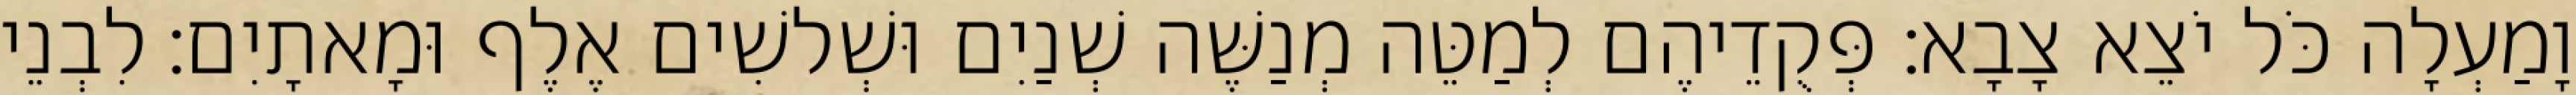
וָמַעְלָה כֹּל יֹצֵא צָבָא׃ פְּקֻדֵיהֶם לְמַטֵּה מְנַשֶּׁה שְׁנַיִם וּשְׁלשִׁים אֶלֶף וּמָאתָיִם׃ לִבְנֵי